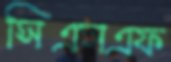
সিএসএফ